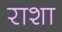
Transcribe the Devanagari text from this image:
राशा